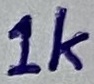
Text: 1k